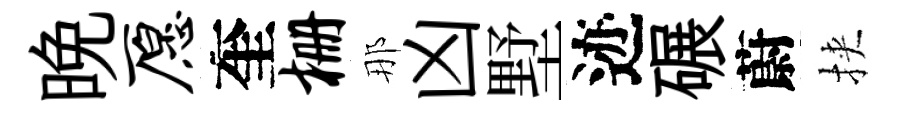
晩愿奎栅那凶墅迹碾蔚挾